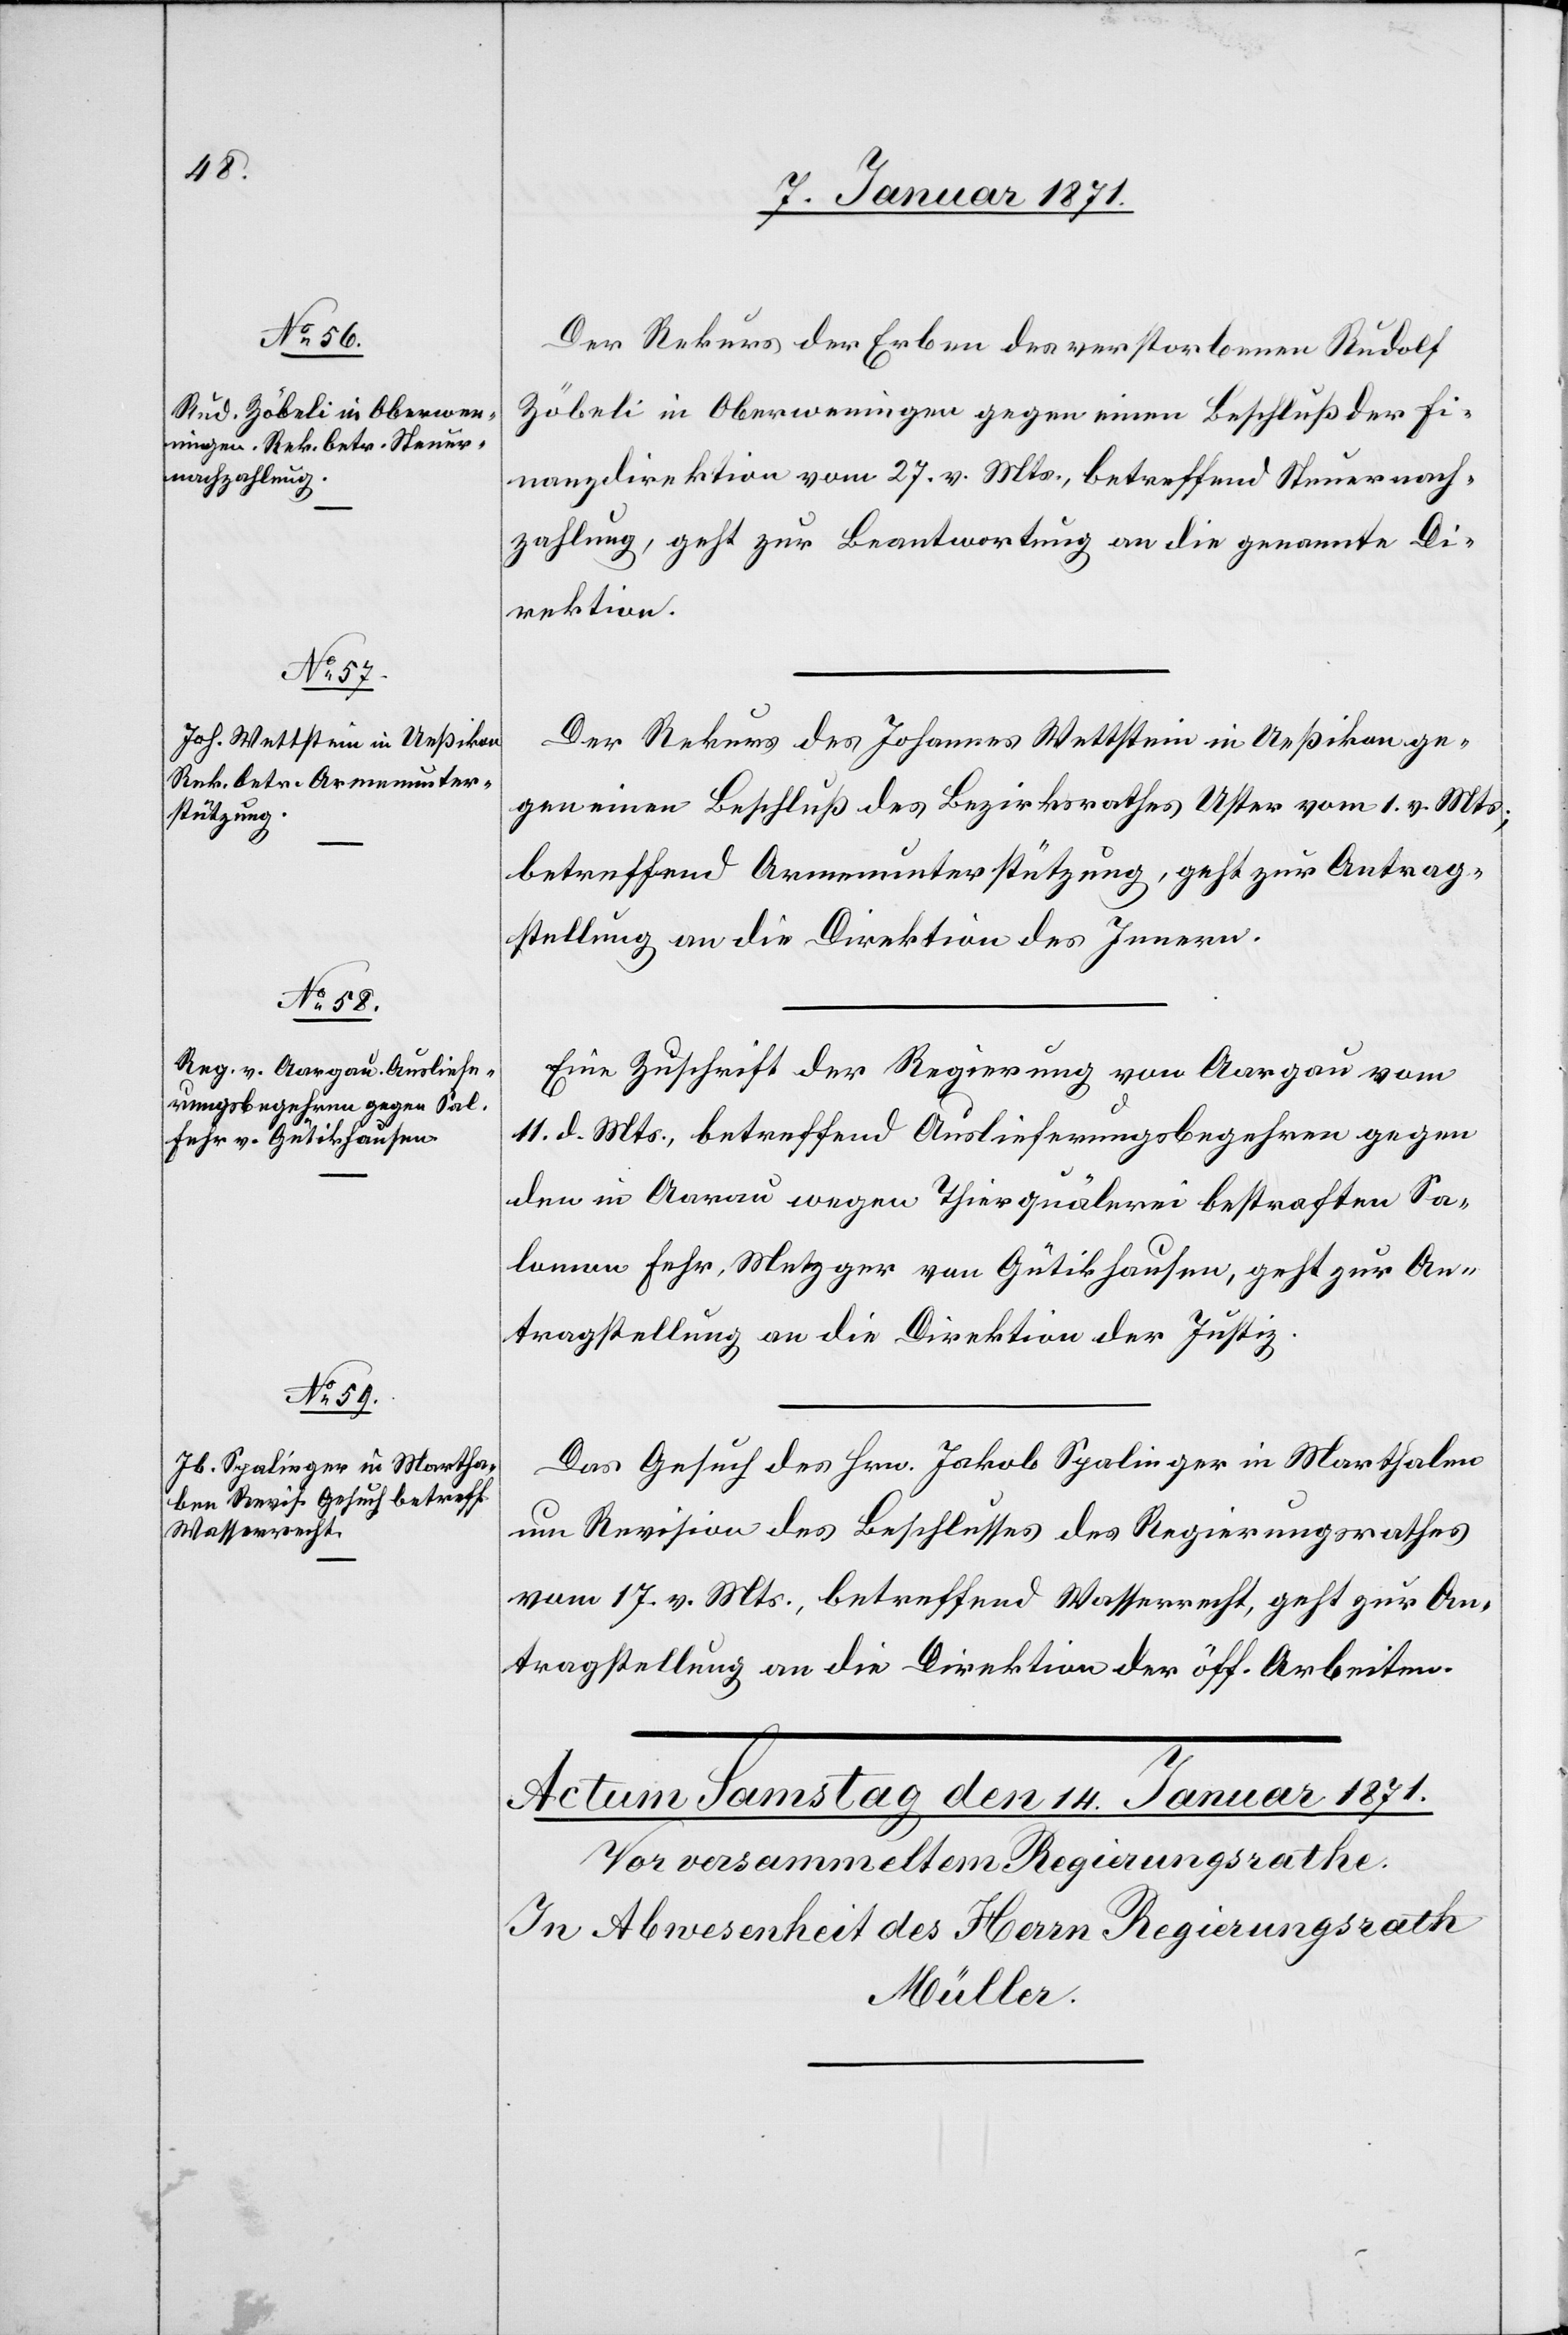
13. Januar 1871.
Der Rekurs der Erben des verstorbenen Rudolf
Zöbeli in Oberweningen gegen einen Beschluß der Fi¬
nanzdirektion vom 27. v. Mts., betreffend Steuernach¬
zahlung, geht zur Beantwortung an die genannte Di¬
rektion.
Der Rekurs des Johannes Wettstein in Ueßikon ge¬
gen einen Beschluß des Bezirksrathes Uster vom 1. v. Mts.,
betreffend Armenunterstützung, geht zur Antrag¬
stellung an die Direktion des Innern.
Eine Zuschrift der Regierung von Aargau vom
11. d. Mts., betreffend Auslieferungsbegehren gegen
den in Aarau wegen Thierquälerei bestraften Sa¬
lomen Fehr. Metzger von Gütikhausen, geht zur An¬
tragstellung an die Direktion der Justiz.
Das Gesuch des Hrn. Jakob Spalinger in Marthalen
um Revision des Beschlusses des Regierungsrathes
vom 17. v. Mts., betreffend Wasserrecht, geht zur An¬
tragstellung an die Direktion der öff. Arbeiten.